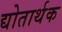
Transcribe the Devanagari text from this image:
द्योतार्थक